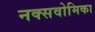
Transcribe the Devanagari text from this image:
नक्सवोमिका